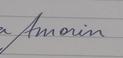
Signature authenticity: genuine